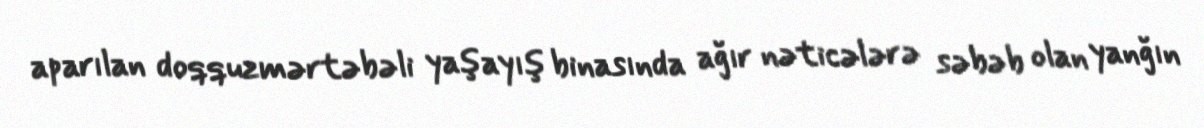
aparılan doqquzmərtəbəli yaşayış binasında ağır nəticələrə səbəb olan yanğın